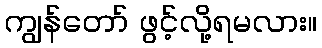
ကျွန်တော် ဖွင့်လို့ရမလား။